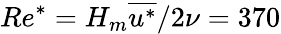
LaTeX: Re^{*}=H_{m}\overline{{u^{*}}}/2\nu=370